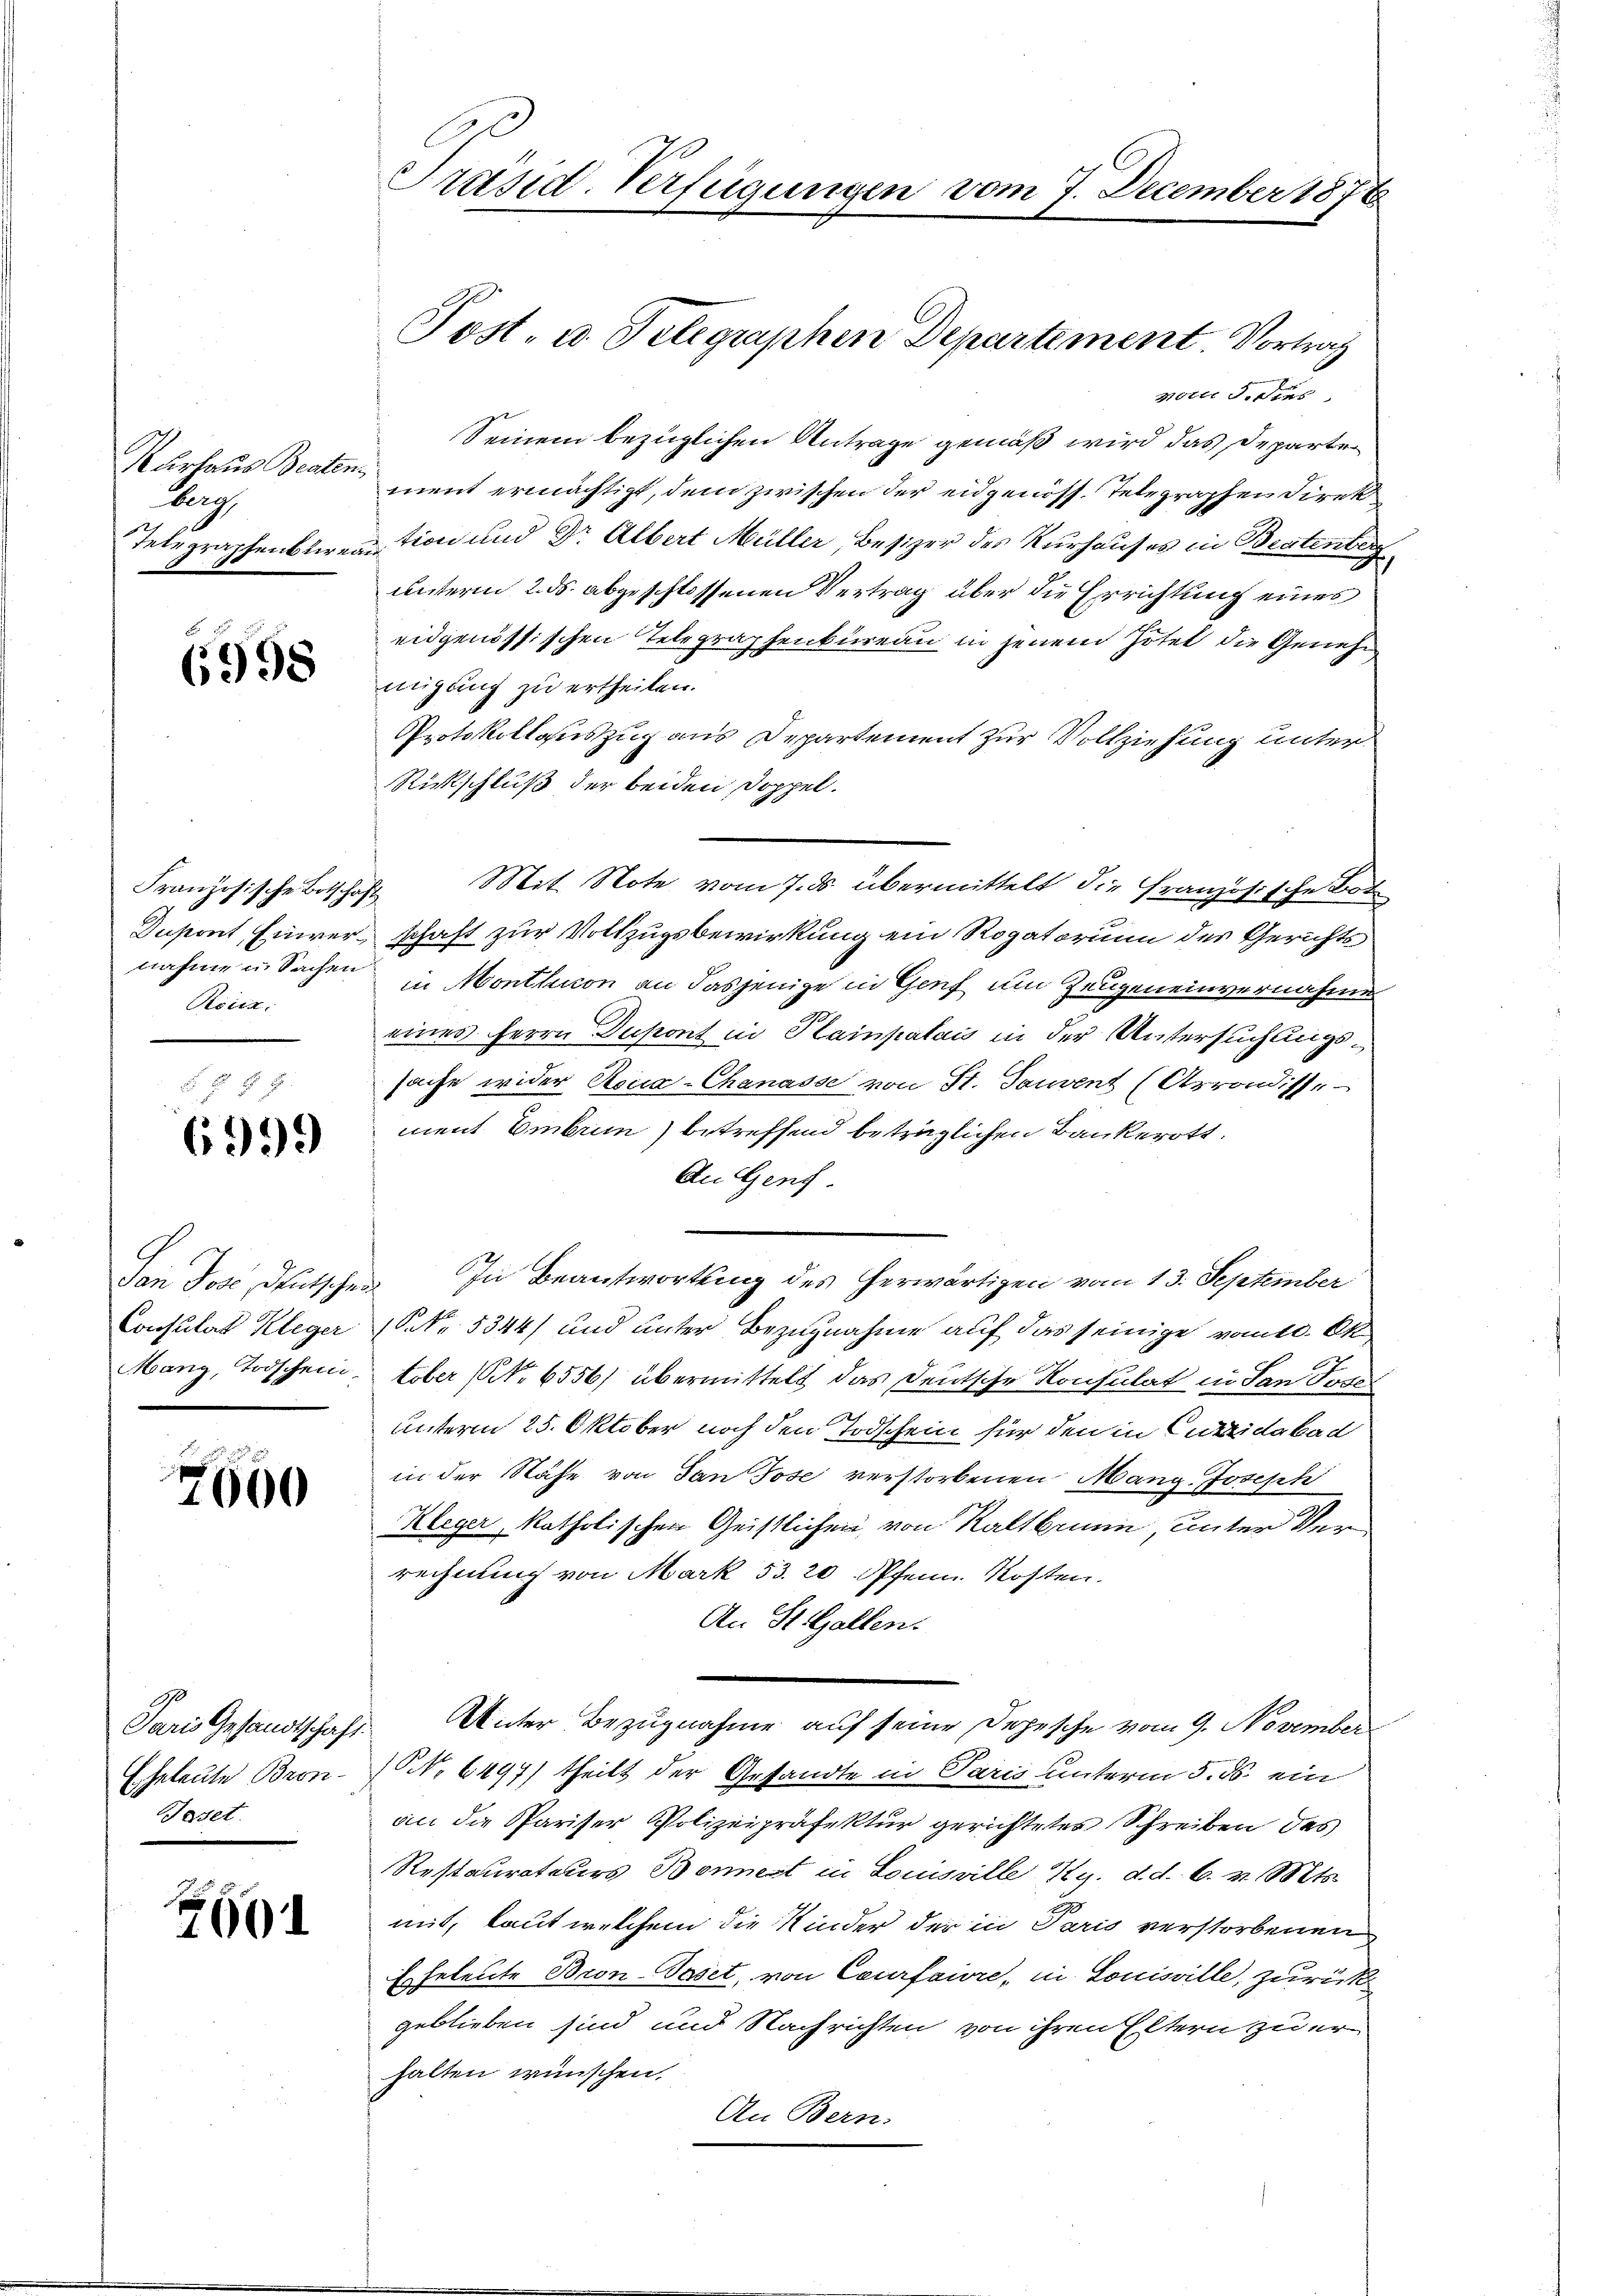
Kurlaus Beaten
Ang
Telegraphenbtiren

6998

Französische Botschäft
Röitz.

6999

Von der Deutsche
Consulat Kleger
Manz, Todschein

2600

Paris Gesandtschaft
Eheleute Bron¬
Tadel.

6

Präsid-Verfügungen vom 7. December 1878

3ter dess
Seinem bezüglichen Antrage gemäß wird das Departe
ment ermächtigt, dem zwischen der eidgenöss. Telegraphen Direk
tion und Dr. Albert Müller, Besizer des Kurhauses in Bestenberg
unterm 2. ds. abgeschlossenen Vertrag über die Errichtung eines
eidgenössischen Telegraphenbüreau in jenem Hotel die Genehm
migung zu ertheilen.
Protokollauszug aus Departement zur Vollziehung unter
Rückschluß der beiden Doppel.
Mit Note vom 7. ds. übermittelt die Französische Bot
Inpont Einverschaft zur Vollzugsbewirkung ein Rogatorium des Gerichts
nahme in Sachen in Monthon an dasjenige in Genf um Zeugeneinvernahme
eines Herrn Dupont in Plainpalais in der Untersuchungssache wider Reua-Chanasse von St. Tauvent (Asrondisse
ment Embum) betreffend beträglichen Bankerott
An Genf
In Beantwortung des herwärtigen vom 13. September
S.Nr. 5344) und unter Bezugnahme auf das seinige vom 10. Ok
tober (N. 6556) übermittelt das Deutsche Konsulat in San Todes
unterm 25. Oktober noch den Todschein für den in Curtidakad
in der Nähe von dan Jose verstorbenen Mang. Joseph
Kleger katholischen Geistlichen von Kaltbrunn, unter Verrechnung von Mark 53. 20 Pfenn Kosten.
An St. Gallen.
Unter Bezugnahme auf seine Depesche vom 9. November
10 No 6497) theilt der Gesandte in Paris unterm 5. ds. ein
an die Pariser Polizeipräfektur gerichtetes Schreiben des
Restaurateurs Bonnest in Louisville Ky. d. d. 6. v. Mts.
mit, laut welchem die Kinder der in Paris verstorbenen
Eheleute Bron-Paset, von Courfaire, in Louisville, zurück
geblieben sind und Nachrichten von ihren Eltern zu erhalten wünschen.
An Bern.

Post- u. Telegraphen Departement. Vortrag